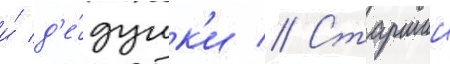
и́ д'е́душк'и // Старшии